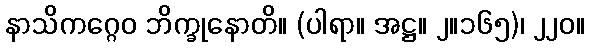
နာသိကဂ္ဂေဝ ဘိက္ခုနောတိ။ (ပါရာ။ အဋ္ဌ။ ၂။၁၆၅)၊ ၂၂၀။